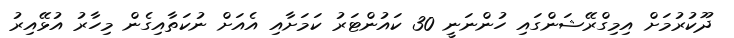
ދޫކުރުމަށް އިމިގްރޭޝަންގައި ހުންނަނީ 30 ކައުންޓަރު ކަމަށާއި އެއަށް ނުކަތާއިގެން މިހާރު އުޅޭއިރު